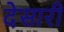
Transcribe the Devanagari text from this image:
देसारी